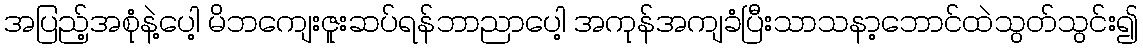
အပြည့်အစုံနဲ့ပေါ့ မိဘကျေးဇူးဆပ်ရန်ဘာညာပေါ့ အကုန်အကျခံပြီးသာသနာ့ဘောင်ထဲသွတ်သွင်း၍